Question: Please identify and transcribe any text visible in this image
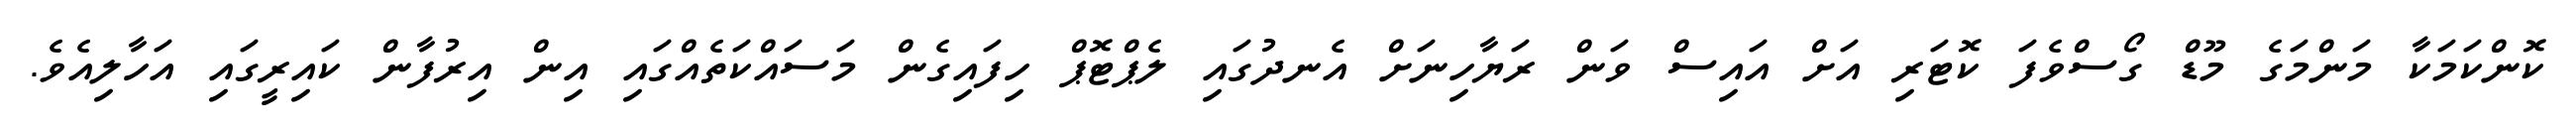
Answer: ކޮންކަމަކާ މަންމަގެ މޫޑް ގޯސްވެފަ ކޮޓަރި އަށް އައިސް ވަން ރަޔާހިނަށް އެނދުގައި ލެޕްޓޮޕް ހިފައިގެން މަސައްކަތެއްގައި އިން އިރުފާން ކައިރީގައި އަހާލިއެވެ.